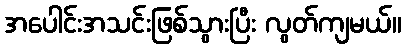
အပေါင်းအသင်းဖြစ်သွားပြီး လွတ်ကျမယ်။